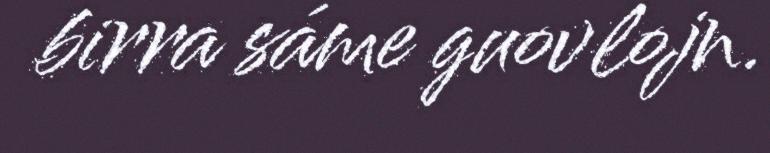
birra sáme guovlojn.